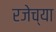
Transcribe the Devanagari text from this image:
रजेच्या